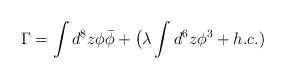
\begin{align*}\Gamma=\int d^8 z \phi\bar{\phi}+\big(\lambda \int d^6 z {\phi}^3+ h.c.)\end{align*}